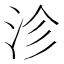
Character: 沴